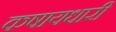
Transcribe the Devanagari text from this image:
कषायधारी